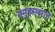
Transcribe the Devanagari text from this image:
समूहस्वरात